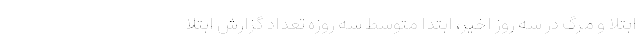
ابتلا و مرگ در سه روز اخیر، ابتدا متوسط سه روزه تعداد گزارش ابتلا